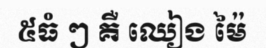
៥ធំ ៗ គឺ ឈៀង ម៉ៃ